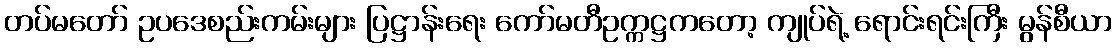
တပ်မတော် ဥပဒေစည်းကမ်းများ ပြဋ္ဌာန်းရေး ကော်မတီဥက္ကဋ္ဌကတော့ ကျုပ်ရဲ့ ရောင်းရင်းကြီး မွန်စီယာ